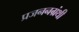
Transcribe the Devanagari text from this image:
प्रजननग्रंथी